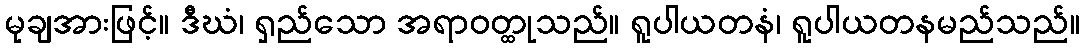
မုချအားဖြင့်။ ဒီဃံ၊ ရှည်သော အရာဝတ္ထုသည်။ ရူပါယတနံ၊ ရူပါယတနမည်သည်။